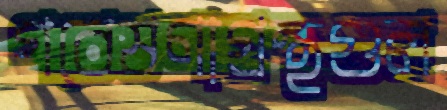
গবেষণাগ্রন্থগুল